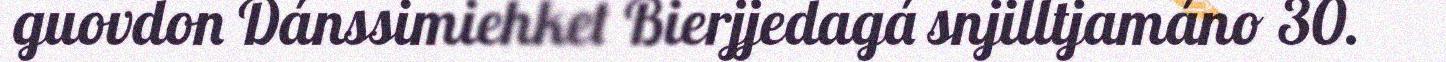
guovdon Dánssimiehket Bierjjedagá snjilltjamáno 30.